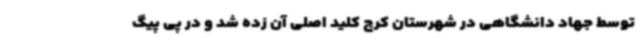
توسط جهاد دانشگاهی در شهرستان کرج کلید اصلی آن زده شد و در پی پیگ